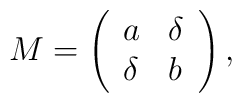
M = \left(\begin{array}{ll}a & \delta \\\delta & b\end{array}\right),